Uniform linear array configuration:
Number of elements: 8
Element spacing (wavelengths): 0.5
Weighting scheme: hann
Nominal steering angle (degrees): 0
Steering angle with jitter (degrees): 1.999
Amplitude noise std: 0.05
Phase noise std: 0.05

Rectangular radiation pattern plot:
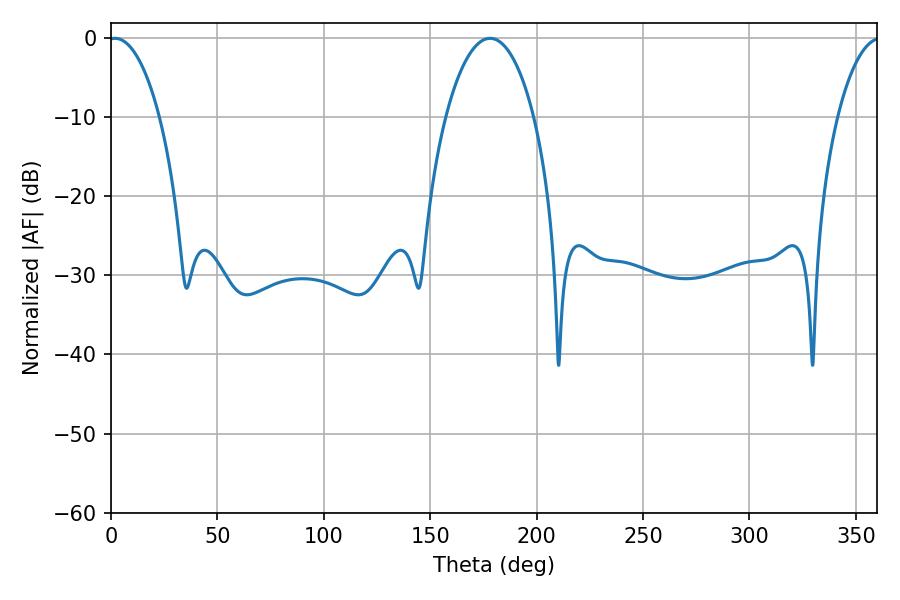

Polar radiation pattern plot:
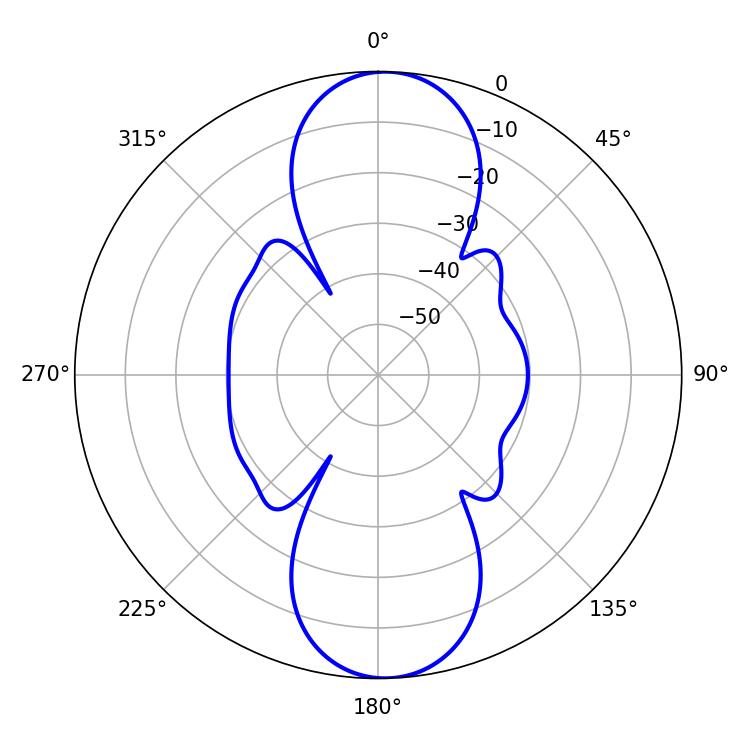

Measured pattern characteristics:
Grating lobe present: FALSE
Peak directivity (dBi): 18.422
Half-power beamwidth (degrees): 13.68
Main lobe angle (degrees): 1.8